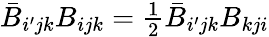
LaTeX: \bar{B}_{i^{\prime}jk}B_{ijk}={\textstyle\frac{1}{2}}\bar{B}_{i^{\prime}jk}B_{kji}